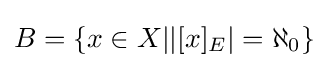
B=\lbrace x\in X||[x]_{E}|=\aleph _{0}\rbrace